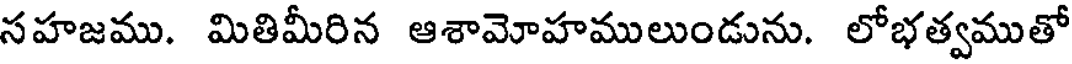
సహజము. మితిమీరిన ఆశామోహములుండును. లోభత్వముతో